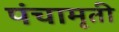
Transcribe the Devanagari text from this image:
पंचामृती